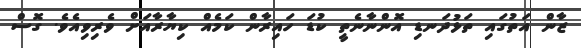
ޒާން އަތުގައި ތަޅުދަނޑި އޮންނާނެތީ ކުޑަ ހައިރާން ކަމެއް ކިޔާރާއަށް ވެރިވިއެވެ. ގޮސް